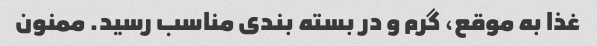
غذا به موقع، گرم و در بسته بندی مناسب رسید. ممنون